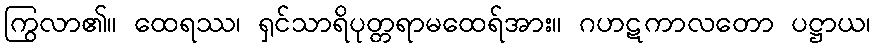
ကြွလာ၏။ ထေရဿ၊ ရှင်သာရိပုတ္တရာမထေရ်အား။ ဂဟဋကာလတော ပဋ္ဌာယ၊